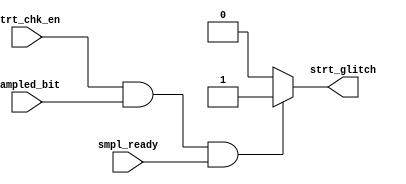
//combinantiol block
module strt_check (
input wire          sampled_bit,
input wire          smpl_ready,
input wire          strt_chk_en,
output reg          strt_glitch
);
    

//RTL
always @(*) begin
    if (strt_chk_en && sampled_bit && smpl_ready) begin
        strt_glitch = 1'b1;
    end else begin
       strt_glitch = 1'b0 ; 
    end
end
endmodule